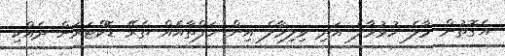
އެގޮތުން މާލެ ހުޅުމާލެ އަދި ވިލިމާލެ އިން ހަފްތާއެއް ތެރޭ ޑޮކްޓަރަށް ދެއްކި